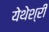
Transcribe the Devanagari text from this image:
येथेश्री